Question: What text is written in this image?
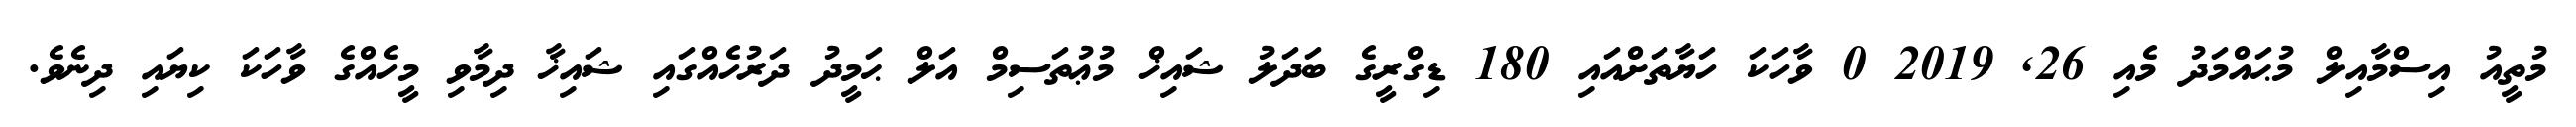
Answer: މުތީއު އިސްމާއިލް މުޙައްމަދު މެއި 26, 2019 0 ވާހަކަ ހަޔާތަށްއައި 180 ޑިގްރީގެ ބަދަލު ޝައިޚް މުޢުތަސިމް އަލް ޙަމީދު ދަރުހެއްގައި ޝައިޚާ ދިމާވި މީހެއްގެ ވާހަކަ ކިޔައި ދިނެވެ.